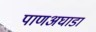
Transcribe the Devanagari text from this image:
पाणअघाडा